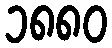
၁၈၈၀